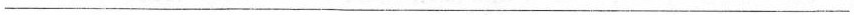
___